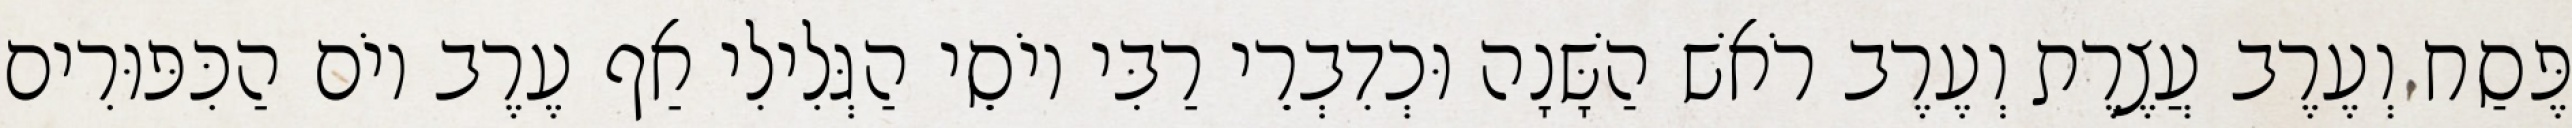
פֶּסַח וְעֶרֶב עֲצֶרֶת וְעֶרֶב רֹאשׁ הַשָּׁנָה וּכְדִבְרֵי רַבִּי יוֹסֵי הַגְּלִילִי אַף עֶרֶב יוֹם הַכִּפּוּרִים